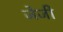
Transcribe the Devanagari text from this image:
जेजी